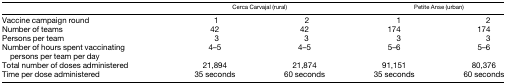
|  | <COLSPAN=2> Cerca Carvajal (rural) | <COLSPAN=2> Petite Anse (urban) |
 | --- | --- | --- | --- | --- |
 | Vaccine campaign round | 1 | 2 | 1 | 2 |
 | Number of teams | 42 | 42 | 174 | 174 |
 | Persons per team | 3 | 3 | 3 | 3 |
 | Number of hours spent vaccinating persons per team per day | 4–5 | 4–5 | 5–6 | 5–6 |
 | Total number of doses administered | 21,894 | 21,874 | 91,151 | 80,376 |
 | Time per dose administered | 35 seconds | 60 seconds | 35 seconds | 60 seconds |